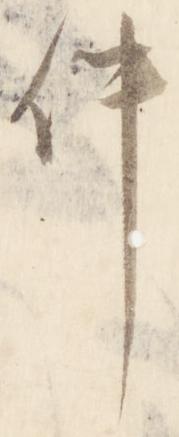
件